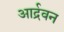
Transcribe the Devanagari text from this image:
आर्द्रवन